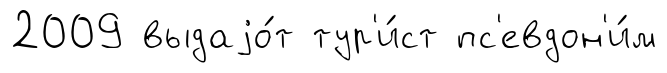
2009 выдаjо́т тур'и́ст пс'евдон'и́м